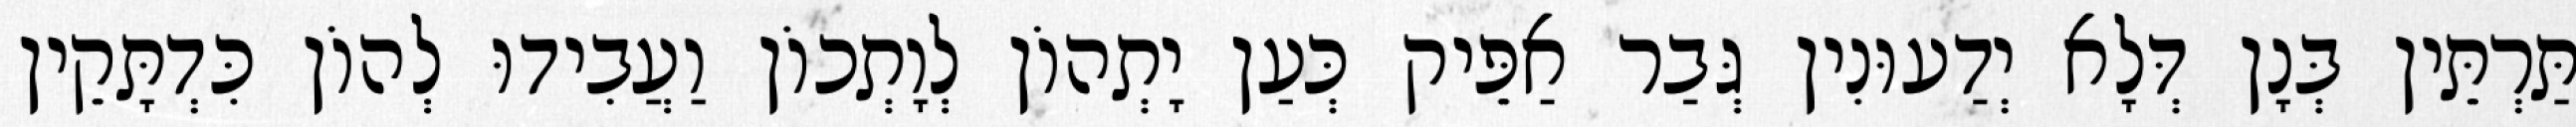
תַּרְתֵּין בְּנָן דְּלָא יְדַעוּנִין גְּבַר אַפֵּיק כְּעַן יָתְהוֹן לְוָתְכוֹן וַעֲבִידוּ לְהוֹן כִּדְתָּקֵין